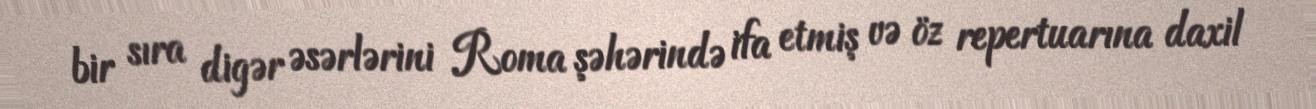
bir sıra digər əsərlərini Roma şəhərində ifa etmiş və öz repertuarına daxil